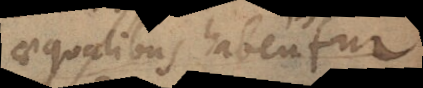
aequales haberentur,